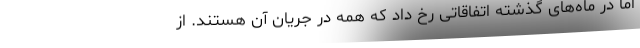
اما در ماه‌های گذشته اتفاقاتی رخ داد که همه در جریان آن هستند. از